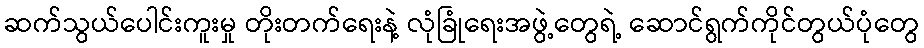
ဆက်သွယ်ပေါင်းကူးမှု တိုးတက်ရေးနဲ့ လုံခြုံရေးအဖွဲ့တွေရဲ့ ဆောင်ရွက်ကိုင်တွယ်ပုံတွေ